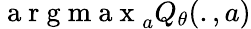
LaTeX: \mathrm{~a~r~g~m~a~x~}_{a}Q_{\theta}(.,a)